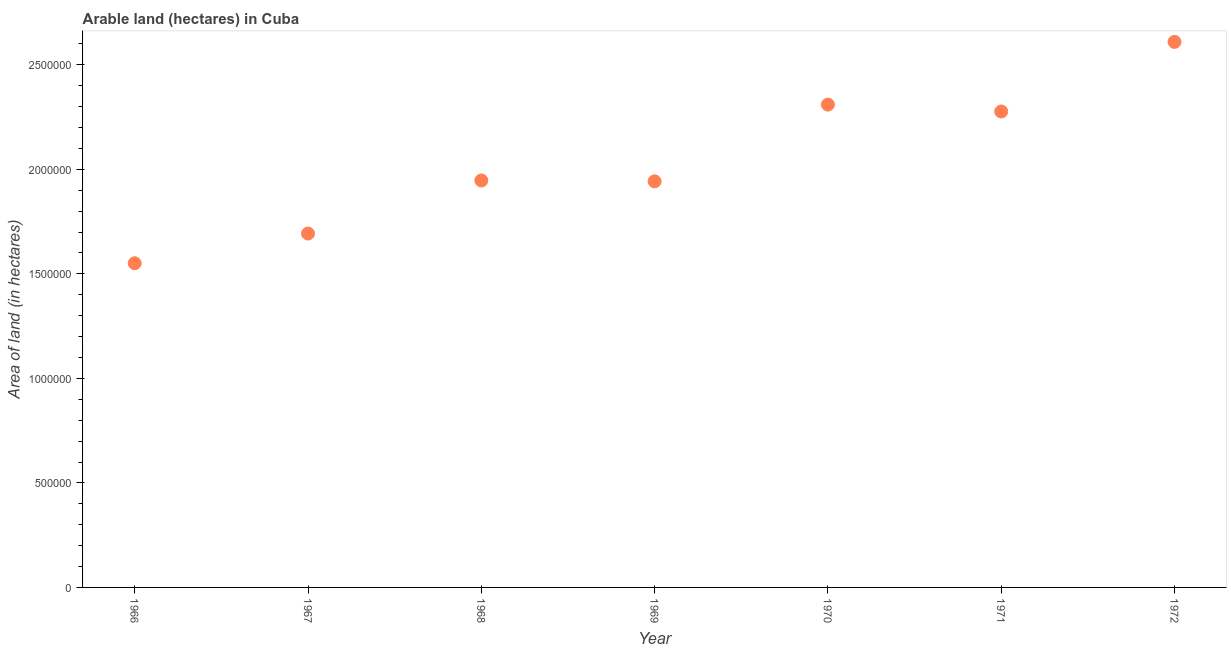
| Year | Area of land |
 | --- | --- |
 | 1966 | 1.55e+06 |
 | 1967 | 1.69e+06 |
 | 1968 | 1.95e+06 |
 | 1969 | 1.94e+06 |
 | 1970 | 2.31e+06 |
 | 1971 | 2.28e+06 |
 | 1972 | 2.61e+06 |